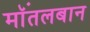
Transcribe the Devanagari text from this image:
मॉंतलबान